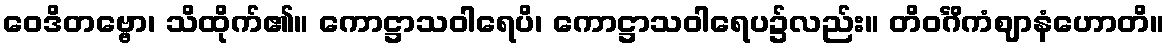
ဝေဒိတဗ္ဗော၊ သိထိုက်၏။ ကောဋ္ဌာသဝါရေပိ၊ ကောဋ္ဌာသဝါရေပ၌လည်း။ တိဝင်္ဂိကံဈာနံဟောတိ။